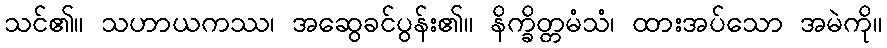
သင်၏။ သဟာယကဿ၊ အဆွေခင်ပွန်း၏။ နိက္ခိတ္တမံသံ၊ ထားအပ်သော အမဲကို။